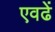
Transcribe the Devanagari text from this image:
एवढें